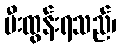
မီးထွန်းရသည်၊